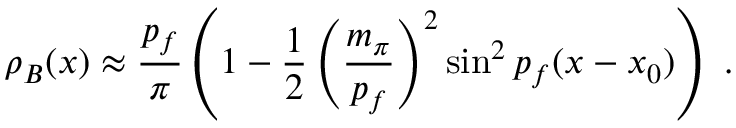
\rho _ { B } ( x ) \approx \frac { p _ { f } } { \pi } \left( 1 - \frac { 1 } { 2 } \left( \frac { m _ { \pi } } { p _ { f } } \right) ^ { 2 } \sin ^ { 2 } p _ { f } ( x - x _ { 0 } ) \right) \ .